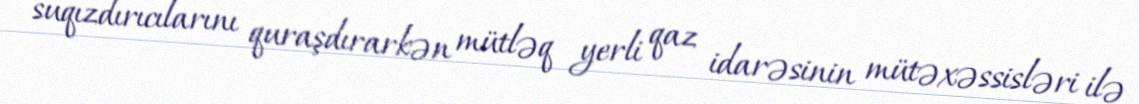
suqızdırıcılarını quraşdırarkən mütləq yerli qaz idarəsinin mütəxəssisləri ilə